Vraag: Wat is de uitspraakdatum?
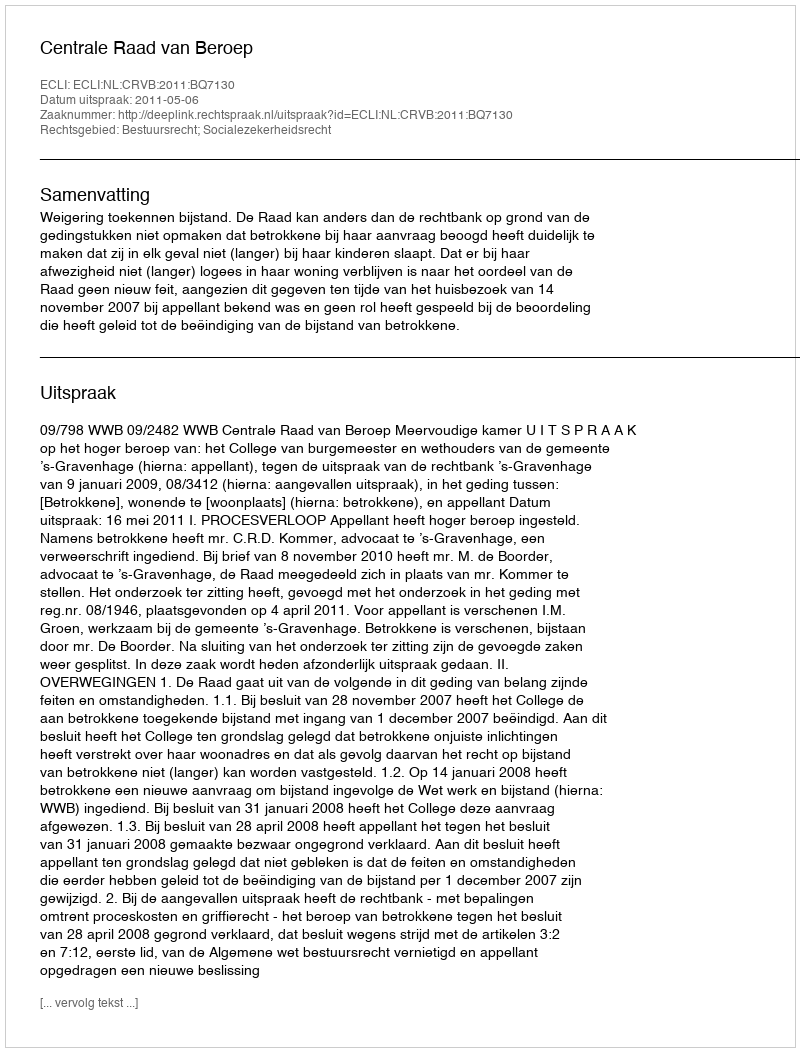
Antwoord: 2011-05-06